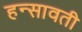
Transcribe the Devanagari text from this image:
हन्सावती